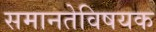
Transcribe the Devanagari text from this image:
समानतेविषयक